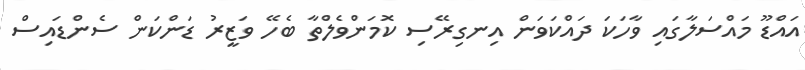
އައްޑޫ މައްސަލާގައި ވާހަކަ ދައްކަވަން އިނގިރޭސި ކޮމަންވެލްތާ ބެހޭ ވަޒީރު ޑަންކަން ސެންޑައިސް